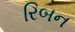
રિબન